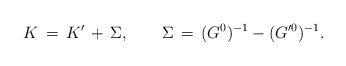
\begin{align*}K\,=\,K'\,+\,\Sigma,\qquad\Sigma\,=\,(G^0)^{-1}-(G'^0)^{-1}.\end{align*}